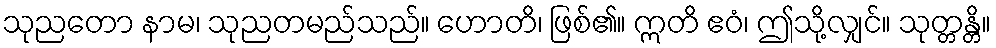
သုညတော နာမ၊ သုညတမည်သည်။ ဟောတိ၊ ဖြစ်၏။ ဣတိ ဧဝံ၊ ဤသို့လျှင်။ သုတ္တန္တိ။